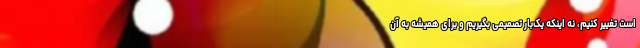
است تغییر کنیم، نه اینکه یک‌بار تصمیمی بگیریم و برای همیشه به آن